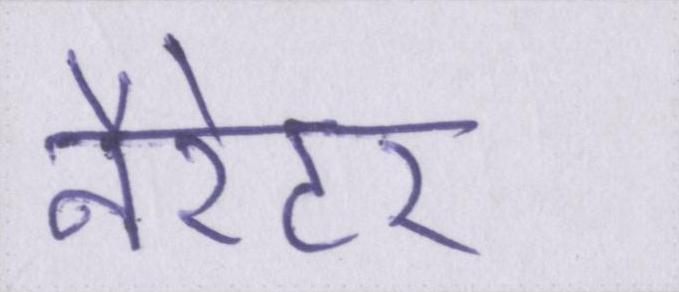
नैरेटर